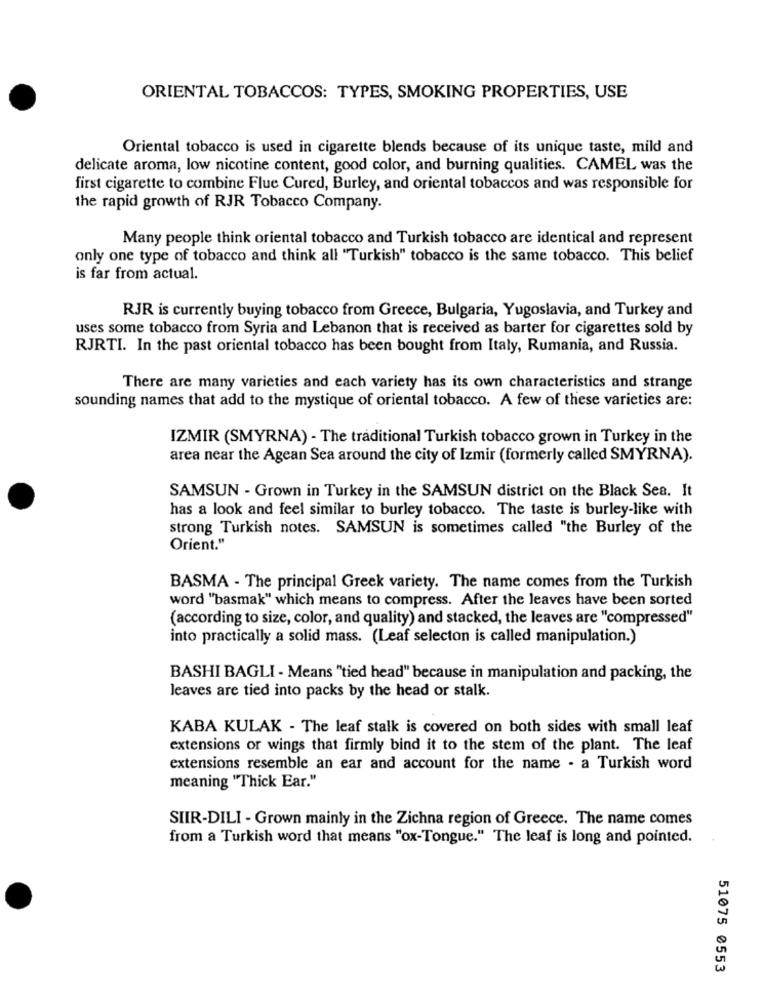
ORIENTAL TOBACCOS: TYPES, SMOKING PROPERTIES, USE
Oriental tobacco is used in cigarette blends because of its unique taste, mild and
delicate aroma, low nicotine content, good color, and burning qualities. CAMEL was the
first cigarette to combine Flue Cured, Burley, and oriental tobaccos and was responsible for
the rapid growth of RJR Tobacco Company.
Many people think oriental tobacco and Turkish tobacco are identical and represent
only one type of tobacco and think all "Turkish" tobacco is the same tobacco. This belief
is far from actual.
RJR is currently buying tobacco from Greece, Bulgaria, Yugoslavia, and Turkey and
uses some tobacco from Syria and Lebanon that is received as barter for cigarettes sold by
RJRTI. In the past oriental tobacco has been bought from Italy, Rumania, and Russia.
There are many varieties and each variety has its own characteristics and strange
sounding names that add to the mystique of oriental tobacco. A few of these varieties are:
IZMIR (SMYRNA) - The traditional Turkish tobacco grown in Turkey in the
area near the Agean Sea around the city of Izmir (formerly called SMYRNA).
SAMSUN - Grown in Turkey in the SAMSUN district on the Black Sea. It
has a look and feel similar to burley tobacco. The taste is burley-like with
strong Turkish notes. SAMSUN is sometimes called "the Burley of the
Orient."
BASMA - The principal Greek variety. The name comes from the Turkish
word "basmak" which means to compress. After the leaves have been sorted
(according to size, color, and quality) and stacked, the leaves are "compressed"
into practically a solid mass. (Leaf selecton is called manipulation.)
BASHI BAGLI - Means "tied head" because in manipulation and packing, the
leaves are tied into packs by the head or stalk.
KABA KULAK - The leaf stalk is covered on both sides with small leaf
extensions or wings that firmly bind it to the stem of the plant. The leaf
extensions resemble an ear and account for the name - a Turkish word
meaning "Thick Ear."
SIIR-DILI - Grown mainly in the Zichna region of Greece. The name comes
from a Turkish word that means "ox-Tongue." The leaf is long and pointed.
51075 0553